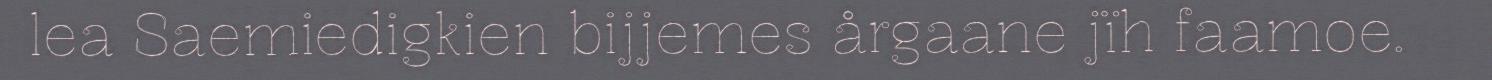
lea Saemiedigkien bijjemes årgaane jïh faamoe.